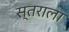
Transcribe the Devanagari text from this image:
स्तराला